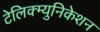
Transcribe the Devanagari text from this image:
टेलिक्म्युनिकेशन